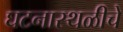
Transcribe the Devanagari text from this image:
घटनास्थळीचे